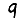
Digit: 9